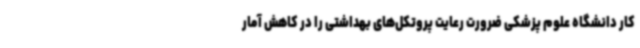
کار دانشگاه علوم پزشکی ضرورت رعایت پروتکل‌های بهداشتی را در کاهش آمار